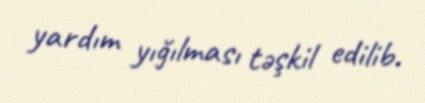
yardım yığılması təşkil edilib.